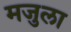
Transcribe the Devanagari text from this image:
मजुला